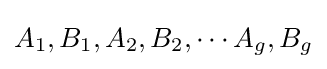
A_{1},B_{1},A_{2},B_{2},\cdots A_{g},B_{g}